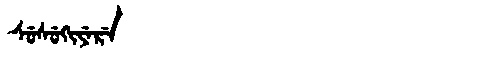
Manchu: ᠰᡠᠰᡠᡴᡳᠶᡝᡵᡝ
Romanization: SUSUKIYERE